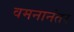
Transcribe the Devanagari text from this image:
वमनानंतर